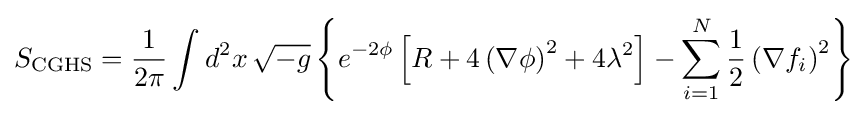
S_{\text{CGHS}}={\frac {1}{2\pi }}\int d^{2}x\,{\sqrt {-g}}\left\{e^{-2\phi }\left[R+4\left(\nabla \phi \right)^{2}+4\lambda ^{2}\right]-\sum _{i=1}^{N}{\frac {1}{2}}\left(\nabla f_{i}\right)^{2}\right\}